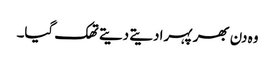
وہ دن بھر پہرا دیتے دیتے تھک گیا۔